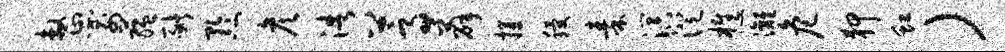
整箭蕴猪黔彦浩蒿薛攫稷秦溟澄樵漓危狎虹）